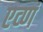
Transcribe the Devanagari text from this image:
एव्णं